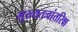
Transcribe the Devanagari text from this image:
मुख्‍यतःवांतरिक्ष